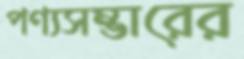
পণ্যসম্ভারের